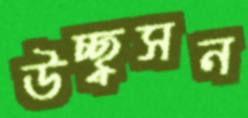
উচ্ছ্বসন